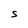
Character: S